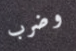
وضرب